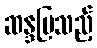
ဆန္ဒပြသည့်